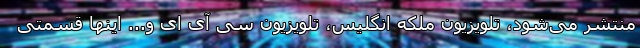
منتشر می‌شود، تلویزیون ملکه انگلیس، تلویزیون سی آی ای و... اینها قسمتی